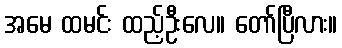
အမေ ထမင်း ထည့်ဦးလေ။ တော်ပြီလား။